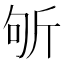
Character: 斪